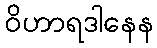
ဝိဟာရဒါနေန